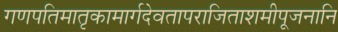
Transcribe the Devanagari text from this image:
गणपतिमातृकामार्गदेवतापराजिताशमीपूजनानि